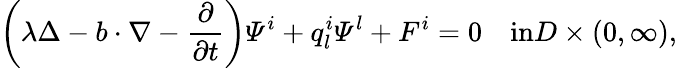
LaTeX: \left(\lambda\Delta-b\cdot\nabla-\frac{\partial}{\partial t}\right)\varPsi^{i}+q_{l}^{i}\varPsi^{l}+F^{i}=0\quad\textrm{in}D\times(0,\infty),